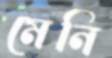
মেনি